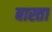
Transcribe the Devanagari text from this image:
बास्ता